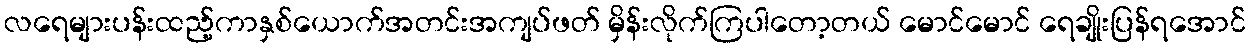
လရေများပန်းထည့်ကာနှစ်ယောက်အတင်းအကျပ်ဖတ် မှိန်းလိုက်ကြပါတော့တယ် မောင်မောင် ရေချိုးပြန်ရအောင်